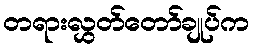
တရားလွှတ်တော်ချုပ်က